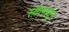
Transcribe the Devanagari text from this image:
स्थानातून